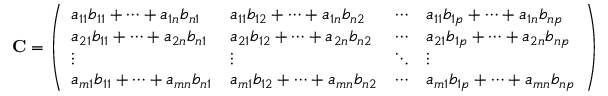
\mathbf { C } = { \left( \begin{array} { l l l l } { a _ { 1 1 } b _ { 1 1 } + \cdots + a _ { 1 n } b _ { n 1 } } & { a _ { 1 1 } b _ { 1 2 } + \cdots + a _ { 1 n } b _ { n 2 } } & { \cdots } & { a _ { 1 1 } b _ { 1 p } + \cdots + a _ { 1 n } b _ { n p } } \\ { a _ { 2 1 } b _ { 1 1 } + \cdots + a _ { 2 n } b _ { n 1 } } & { a _ { 2 1 } b _ { 1 2 } + \cdots + a _ { 2 n } b _ { n 2 } } & { \cdots } & { a _ { 2 1 } b _ { 1 p } + \cdots + a _ { 2 n } b _ { n p } } \\ { \vdots } & { \vdots } & { \ddots } & { \vdots } \\ { a _ { m 1 } b _ { 1 1 } + \cdots + a _ { m n } b _ { n 1 } } & { a _ { m 1 } b _ { 1 2 } + \cdots + a _ { m n } b _ { n 2 } } & { \cdots } & { a _ { m 1 } b _ { 1 p } + \cdots + a _ { m n } b _ { n p } } \end{array} \right) }